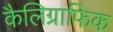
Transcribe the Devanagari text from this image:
कैलिग्राफिक